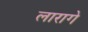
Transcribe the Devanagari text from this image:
लारागे